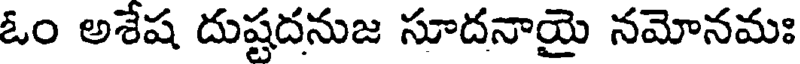
ఓం అశేష దుష్టదనుజ సూదనాయై నమోనమః